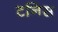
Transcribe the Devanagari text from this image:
टनिस